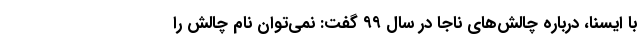
با ایسنا، درباره چالش‌های ناجا در سال ۹۹ گفت: نمی‌توان نام چالش را